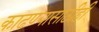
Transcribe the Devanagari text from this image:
काढण्यासाठीही